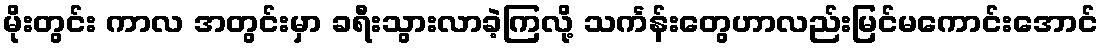
မိုးတွင်း ကာလ အတွင်းမှာ ခရီးသွားလာခဲ့ကြလို့ သင်္ကန်းတွေဟာလည်းမြင်မကောင်းအောင်